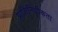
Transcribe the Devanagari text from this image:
प्रातिनिधीकता